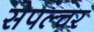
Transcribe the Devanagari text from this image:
सेपल्चर